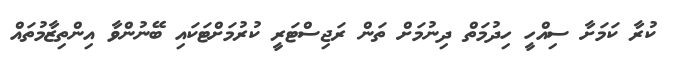
ކުރާ ކަމަށާ ސިއްހީ ހިދުމަތް ދިނުމަށް ތަން ރަޖިސްޓަރީ ކުރުމަށްޓަކައި ބޭނުންވާ އިންތިޒާމުތައް